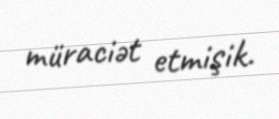
müraciət etmişik.